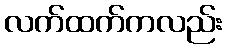
လက်ထက်ကလည်း